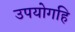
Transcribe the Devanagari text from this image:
उपयोगहि